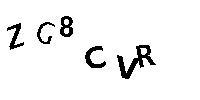
ZG8CVR